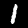
Digit: 1